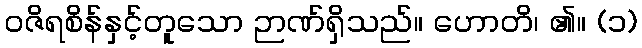
ဝဇိရစိန်နှင့်တူသော ဉာဏ်ရှိသည်။ ဟောတိ၊ ၏။ (၁)